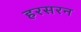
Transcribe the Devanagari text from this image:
हरसरन